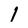
Character: 1